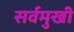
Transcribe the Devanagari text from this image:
सर्वमुखी